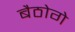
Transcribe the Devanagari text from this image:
बैठोगे